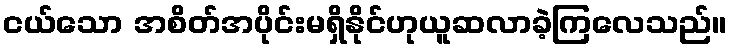
ငယ်သော အစိတ်အပိုင်းမရှိနိုင်ဟုယူဆလာခဲ့ကြလေသည်။